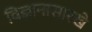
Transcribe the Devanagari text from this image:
विज्ञानासारखे